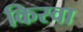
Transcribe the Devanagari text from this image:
किस्वा